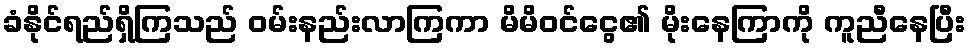
ခံနိုင်ရည်ရှိကြသည် ဝမ်းနည်းလာကြကာ မိမိဝင်ငွေ၏ မိုးနေကြာကို ကူညီနေပြီး